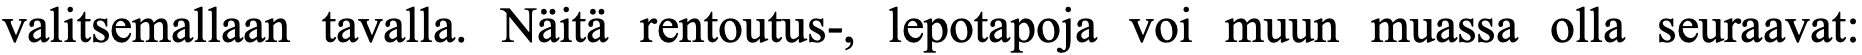
valitsemallaan tavalla. Näitä rentoutus-, lepotapoja voi muun muassa olla seuraavat: